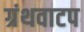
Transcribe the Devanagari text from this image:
ग्रंथवाटप